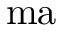
\mathrm { m a }